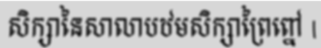
សិក្សានៃសាលាបឋមសិក្សាព្រៃព្នៅ |